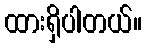
ထားရှိပါတယ်။